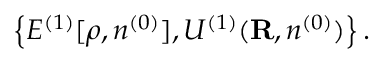
\left\{ { \cal E } ^ { ( 1 ) } [ \rho , n ^ { ( 0 ) } ] , { \cal U } ^ { ( 1 ) } ( { \bf R } , n ^ { ( 0 ) } ) \right\} .